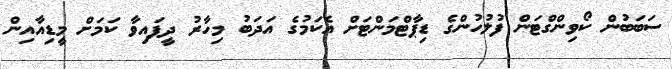
ސަބަބުން ކޯވިންގްޓަން ފުލުހުންގެ ޑިޕާޓްމަންޓަށް އެކަމުގެ އަދަބު މިހާރު ދީފައިވާ ކަމަށް މީޑިއާއިން